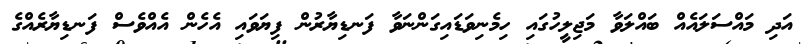
އަދި މައްސަލައެއް ބައްލަވާ މަޖިލީހުގައި ހިމެނިވަޑައިގަންނަވާ ފަނޑިޔާރުން ފިޔަވައި އެހެން އެއްވެސް ފަނޑިޔާރެއްގެ